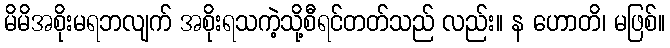
မိမိအစိုးမရဘလျက် အစိုးရသကဲ့သို့စီရင်တတ်သည် လည်း။ န ဟောတိ၊ မဖြစ်။